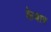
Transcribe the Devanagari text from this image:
केबार